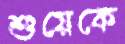
শুয়েকে